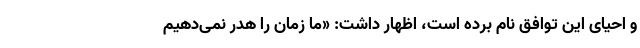
و احیای این توافق نام برده است، اظهار داشت: «ما زمان را هدر نمی‌دهیم